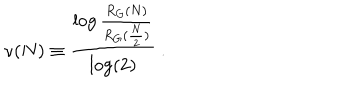
\nu ( N ) \equiv \frac { \log \frac { R _ { G } ( N ) } { R _ { G } ( \frac { N } { 2 } ) } } { \log ( 2 ) } \ .